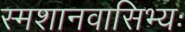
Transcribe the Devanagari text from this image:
स्मशानवासिभ्यः